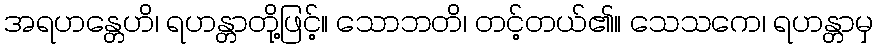
အရဟန္တေဟိ၊ ရဟန္တာတို့ဖြင့်။ သောဘတိ၊ တင့်တယ်၏။ သေသကေ၊ ရဟန္တာမှ